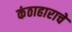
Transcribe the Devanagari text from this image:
कंठाहाराचे